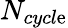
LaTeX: N_{cycl\mathrm{e}}